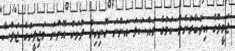
ޖަމީލްގެ އިތުބާރުނެތް ކަމުގެ މައްސަލަ އަންނަ ހޮނިހިރު ދުވަހު އޮންނަ މަޖިލީހުގެ ޖަލްސާ